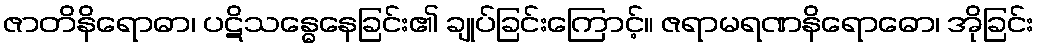
ဇာတိနိရောဓာ၊ ပဋိသန္ဓေနေခြင်း၏ ချုပ်ခြင်းကြောင့်။ ဇရာမရဏနိရောဓော၊ အိုခြင်း